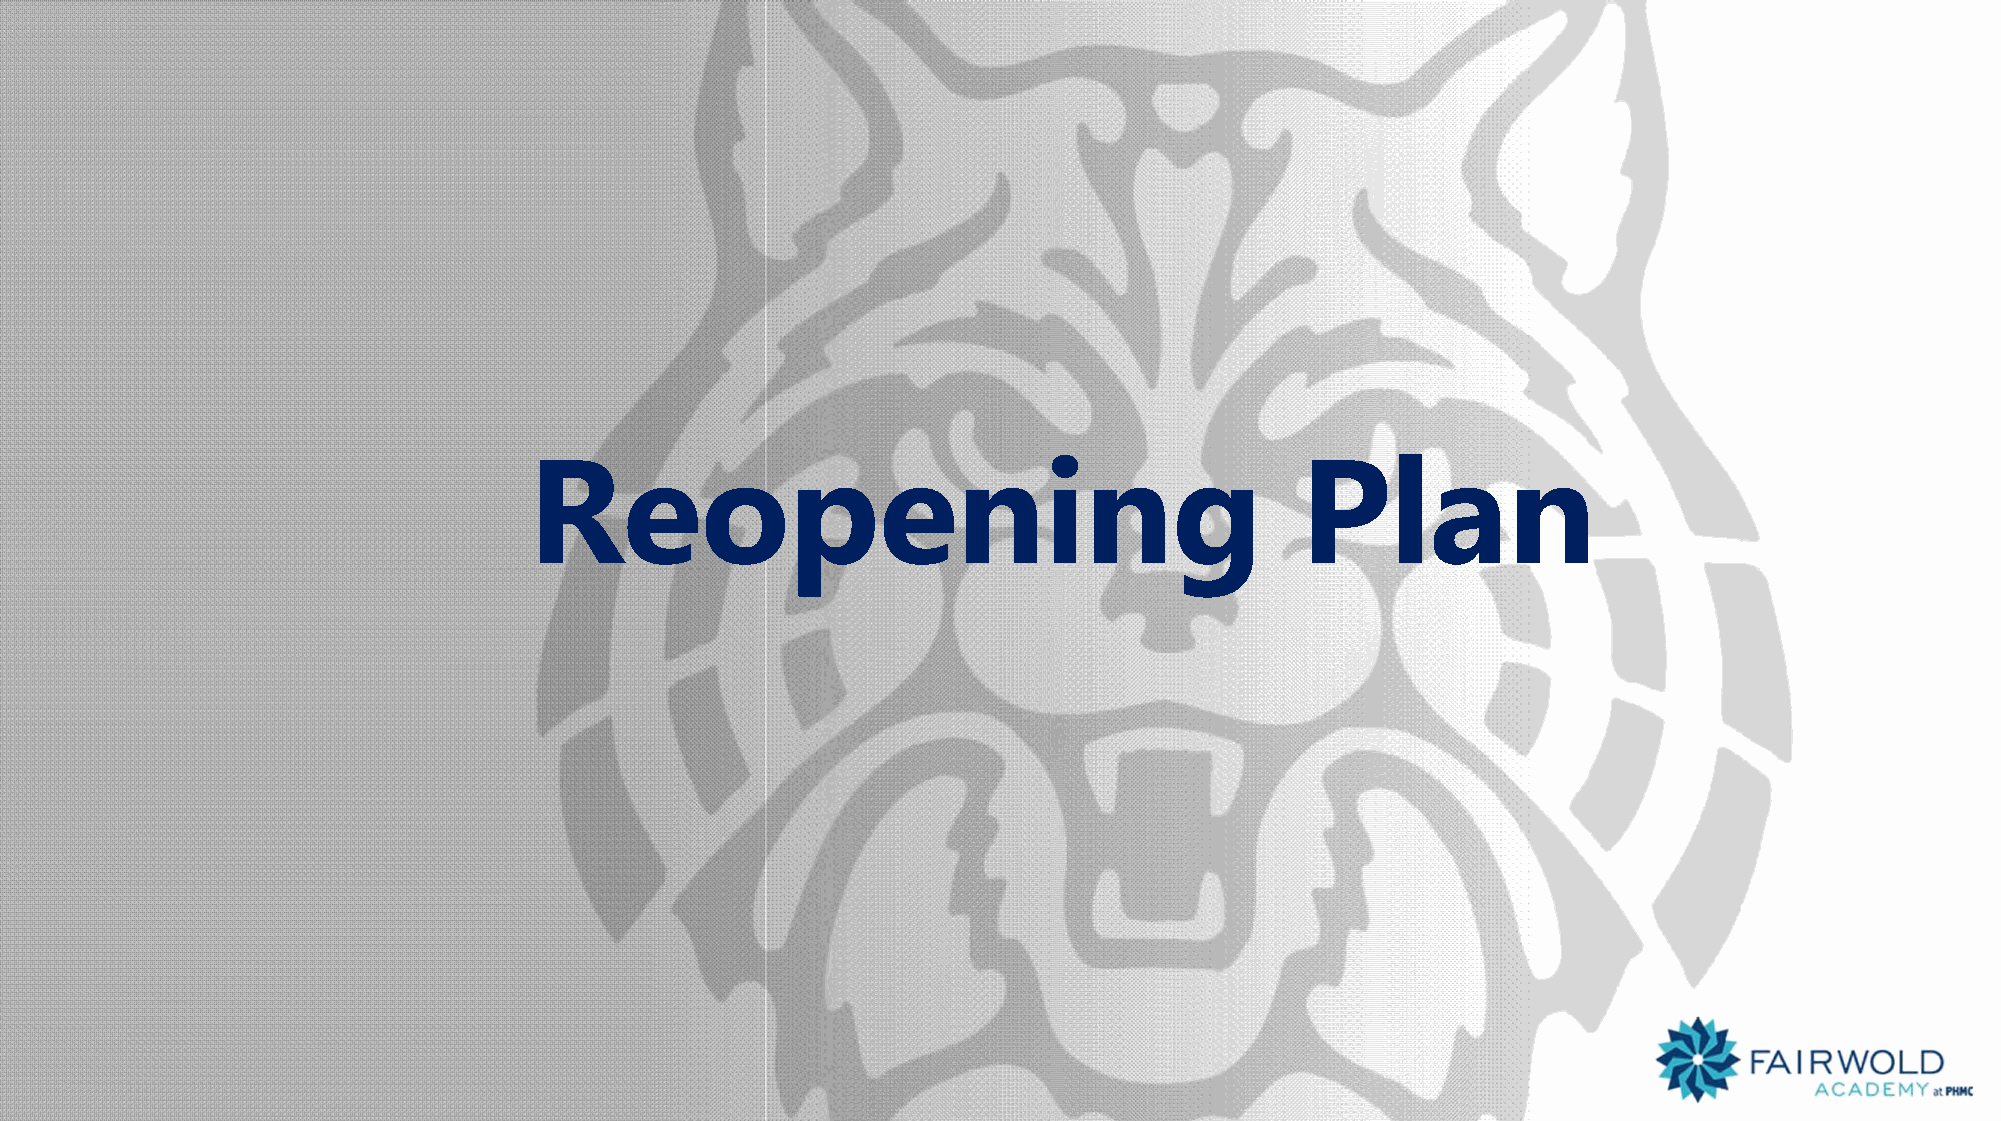
Reopening                                          Plan